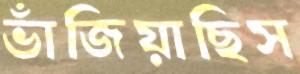
ভাঁজিয়াছিস